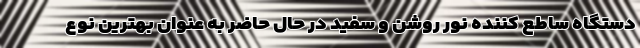
دستگاه ساطع کننده نور روشن و سفید در حال حاضر به عنوان بهترین نوع